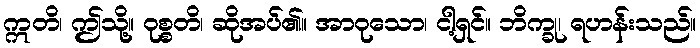
ဣတိ၊ ဤသို့။ ဝုစ္စတိ၊ ဆိုအပ်၏။ အာဝုသော၊ ငါ့ရှင်။ ဘိက္ခု၊ ရဟန်းသည်။